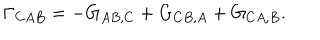
LaTeX: \Gamma _ { C A B } = - G _ { A B , C } + G _ { C B , A } + G _ { C A , B } .